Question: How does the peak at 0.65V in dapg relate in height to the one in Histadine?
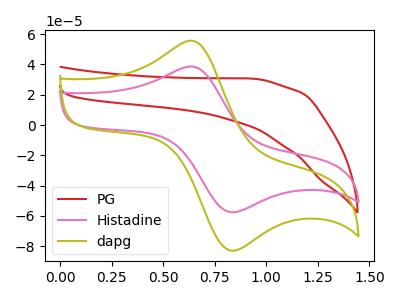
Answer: <think>The red curve "PG" has no peaks. The pink curve "Histadine" has an anodic peak at (0.65V, 38.50uA) and a cathodic peak at (0.85V, -57.55uA). The olive curve "dapg" has an anodic peak at (0.65V, 55.50uA) and a cathodic peak at (0.85V, -82.95uA).</think>
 <answer>The peak at 0.65V is higher in "dapg" than in "Histadine".</answer>
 <eval>higher</eval>